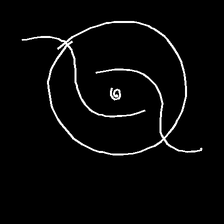
Glyph: repetition